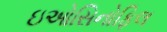
ઇઓસિનોફિલ